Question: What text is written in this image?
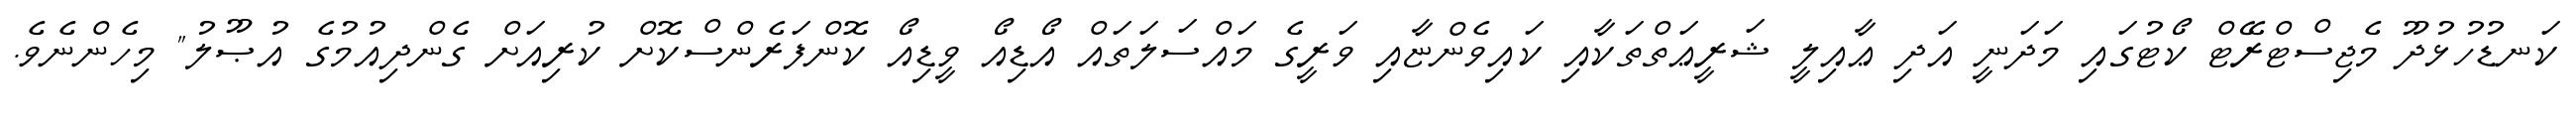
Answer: ކަނޑުހުޅުދޫ މެޖިސްޓްރޭޓް ކޯޓުގައި މަދަނީ އަދި ޢާއިލީ ޝަރީޢަތްތަކާއި ކައިވެންޏާއި ވަރީގެ މައްސަލަތައް އޯޑިއޯ ވީޑިއޯ ކޮންފަރެންސްކޮށް ކުރިއަށް ގެންދިއުމުގެ އުޞޫލު" މިހެންނެވެ.